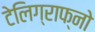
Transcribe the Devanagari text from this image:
टेलिग्राफ्नो